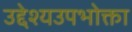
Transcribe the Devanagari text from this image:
उद्देश्यउपभोक्ता